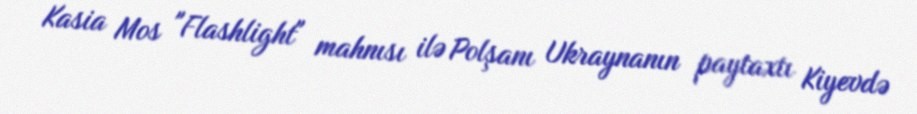
Kasia Mos "Flashlight" mahnısı ilə Polşanı Ukraynanın paytaxtı Kiyevdə